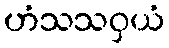
ဟံသသဝှယံ